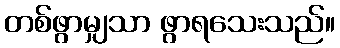
တစ်ဖွာမျှသာ ဖွာရသေးသည်။